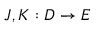
J , K : D \to E